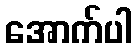
အောက်ပါ